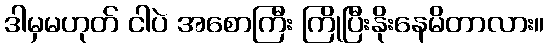
ဒါမှမဟုတ် ငါပဲ အစောကြီး ကြိုပြီးနိုးနေမိတာလား။